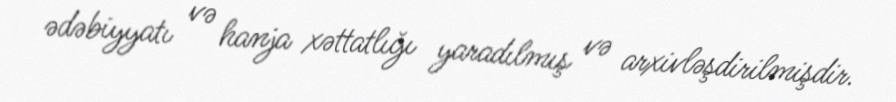
ədəbiyyatı və hanja xəttatlığı yaradılmış və arxivləşdirilmişdir.